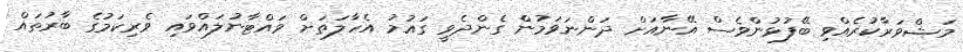
މަޝްވަރާކުރެއްވި ބޭފުޅުންވެސް އޭނާއަށް ދަންނަވަމުން ގެންދެވީ ގައުމު އެހާލަތަށް ވައްޓާނުލައްވައި ވެރިކަމުގެ ބާރުތައް